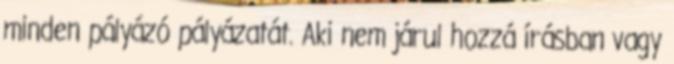
minden pályázó pályázatát. Aki nem járul hozzá írásban vagy